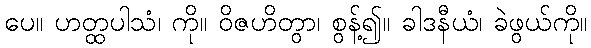
ပေ။ ဟတ္ထပါသံ၊ ကို။ ဝိဇဟိတွာ၊ စွန့်၍။ ခါဒနီယံ၊ ခဲဖွယ်ကို။